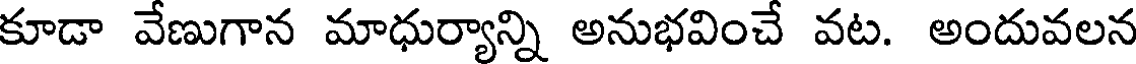
కూడా వేణుగాన మాధుర్యాన్ని అనుభవించే వట. అందువలన